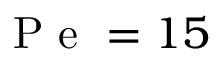
\mathrm { ~ P ~ e ~ } = 1 5